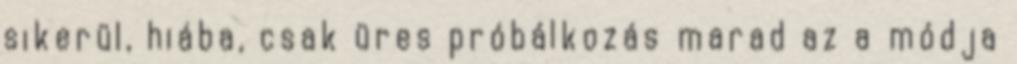
sikerül, hiába, csak üres próbálkozás marad az a módja